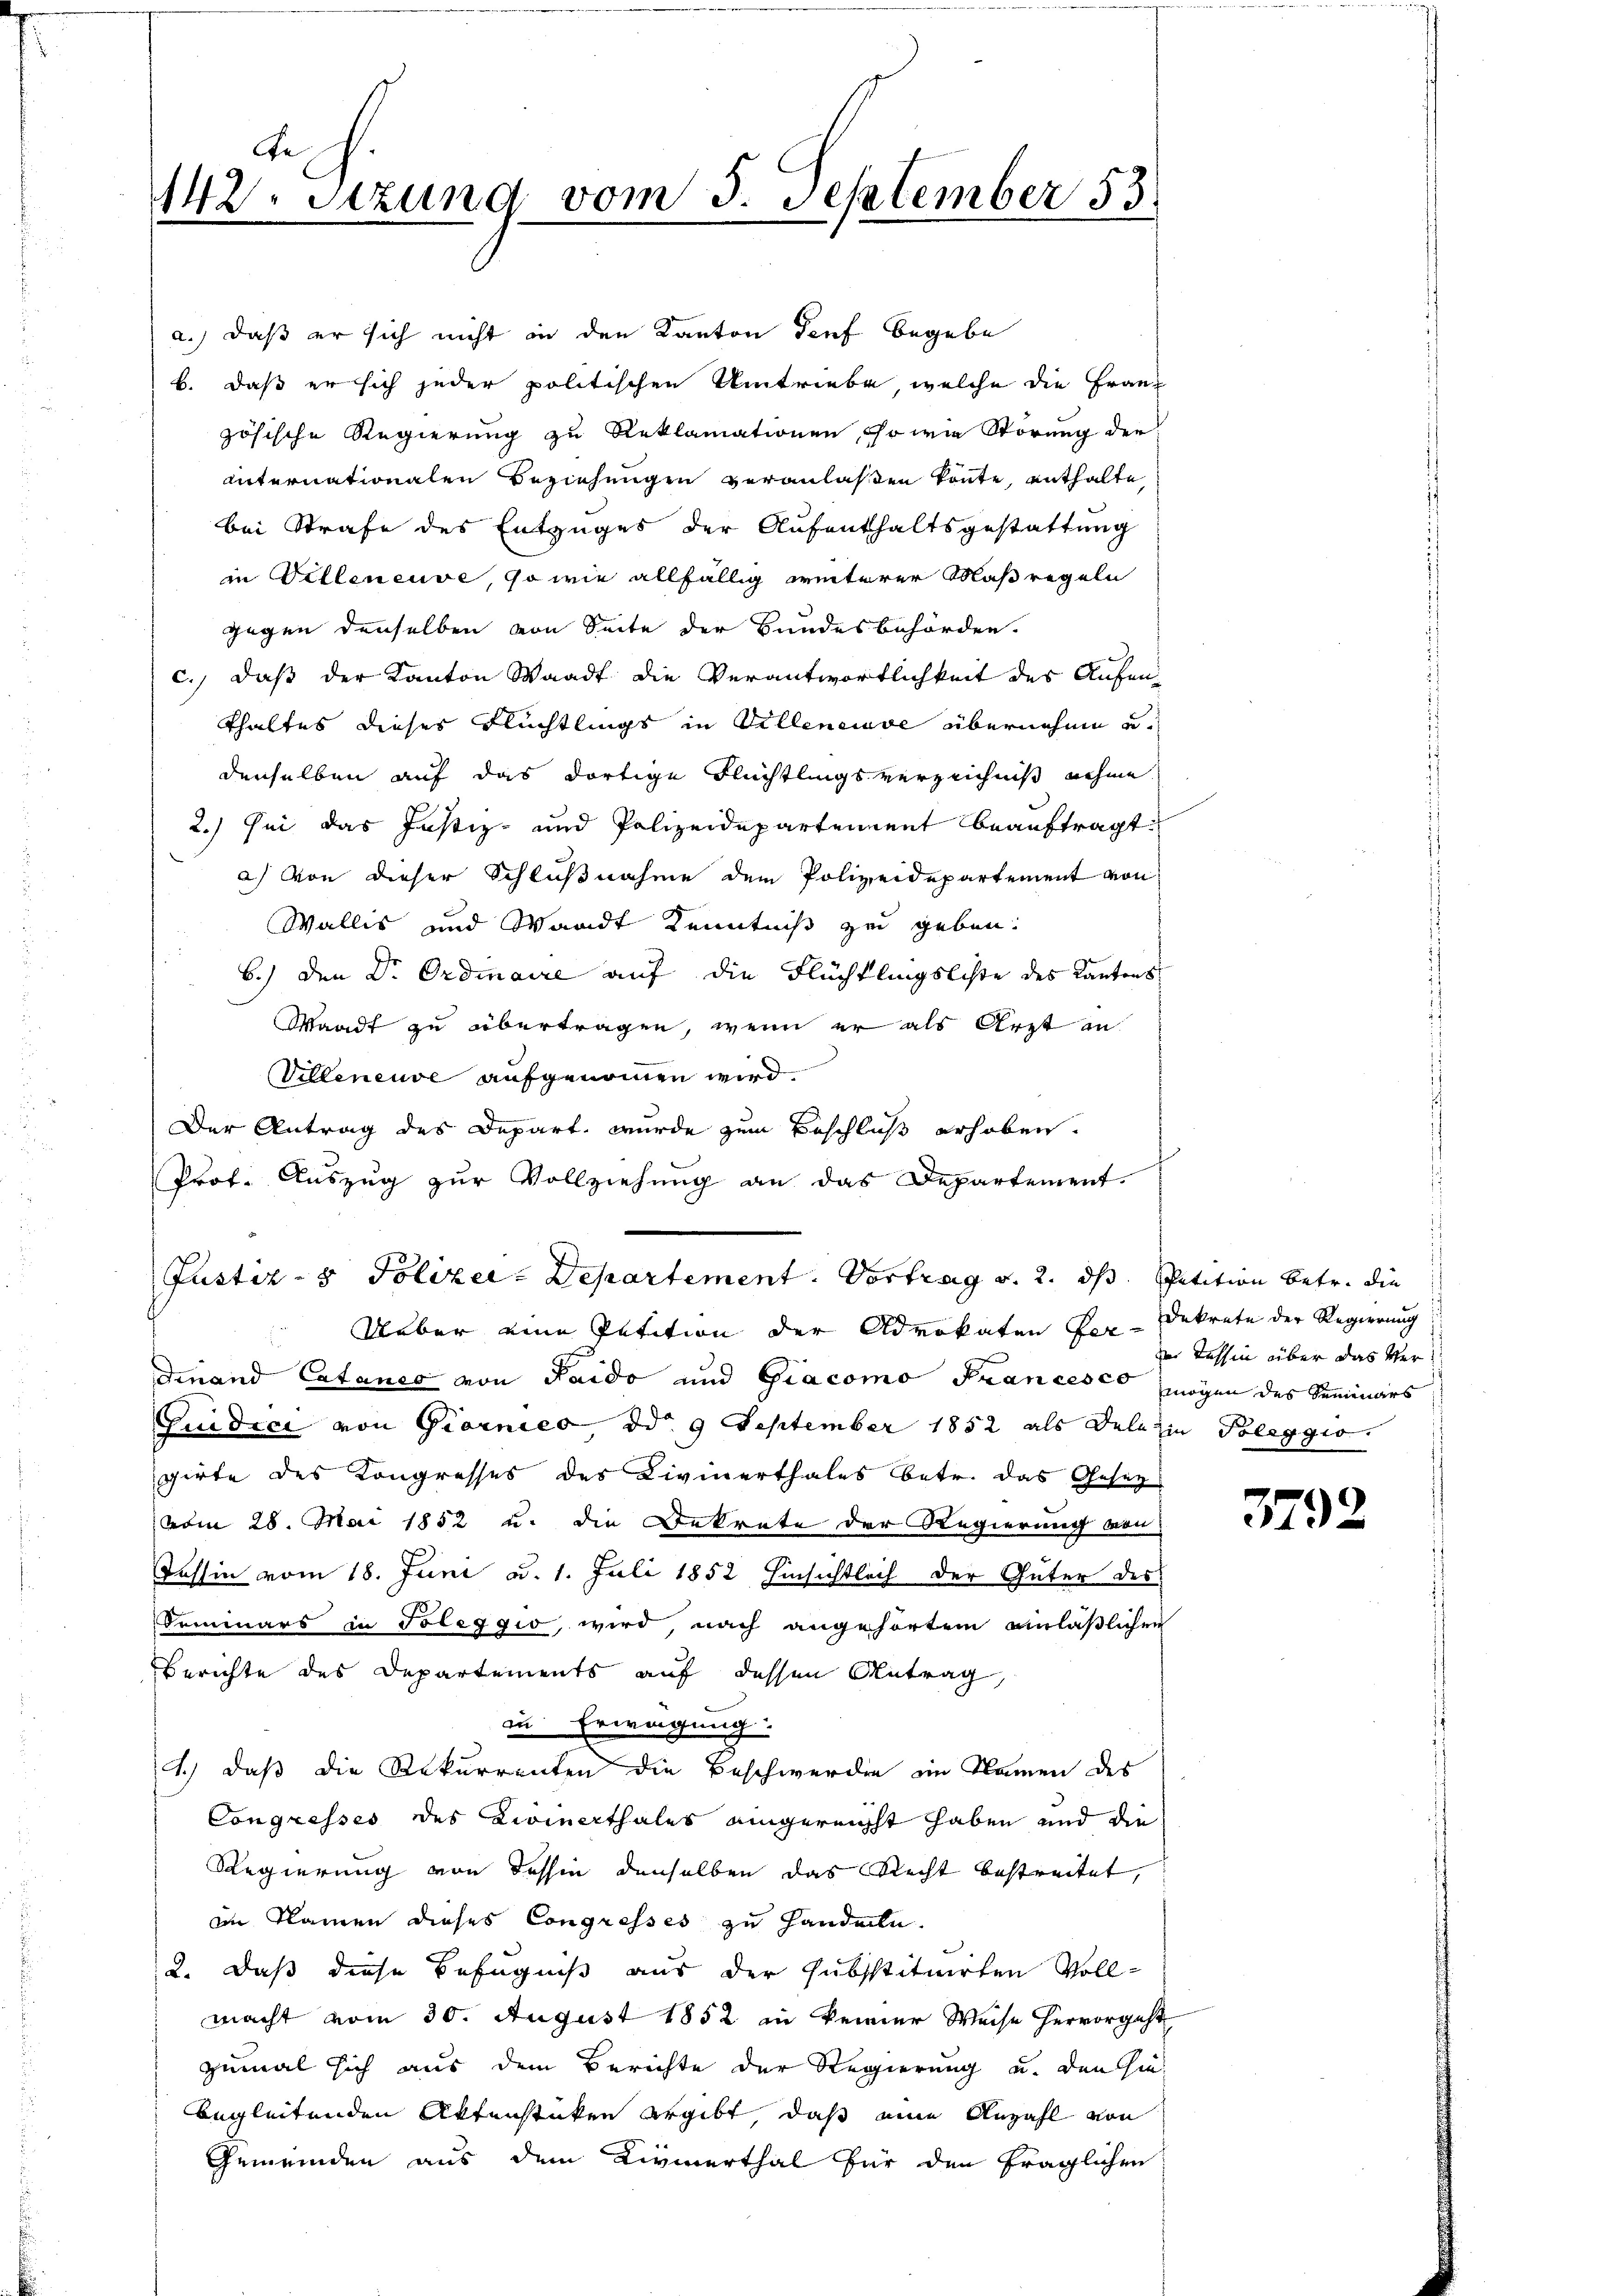
Ge
142. Setzung vom 5. September 53.
2

a.) daß er sich nicht in den Kanton Teuf begebe
b. daß er sich jeder politischen Umtriebe, welche die Französische Regierung zu Reklamationen, so wie Störung die
unternationalen Beziehungen veranlaßen könnte, enthalte
bei Strafe des Entzuges der Aufenthaltsgestattung
in Willeneuve, so wie allfällig weiterer Maßregeln
gegen denselben von Seite der Bundesbehörden.
c.) daß der Kanton Waadt die Verantwortlichkeit des Aufenthaltes dieser Flüchtlings in Villeneuve übernehme u.
denselben auf das dortige Flüchtlingsverzeichniß nehme
2.) sei das Justiz- und Polizeidepartement beauftragt:
a) von dieser Schlußnahme dem Polizeidepartement von
Wallis und Waadt Kenntniß zu geben.
b.) den Dr. Ordinaire auf die Flüchtlingsliste des Kantons
Waadt zu übertragen, wenn er als Arzt an
Villeneuve aufgenommen wird.
Der Antrag des Depart, wurde zum Beschluß erhoben.
Prof. Auszug zur Vollziehung an das Departement.
Justiz- & Polizer-Departement. Vortrag v. 2. ds. Petition betr. die
Ueber eine Petition der Advokaten Per-Dekrete der Regierung
Finand Catanes von Saido und Giacomo Francesco mögen des Seminars
Gridici von Giornico, ddo 9 September 1852 als Delazin Poleggio
girte des Kongresses des Livinerthales betr. das Gesetz-
vom 28. Mai 1852 u. die Dekrate der Regierung von
Jassin vom 18. Juni d. 1. Juli 1852 hinsichtlich der Güter des
Preminars in Toleggio wird, nach angehörtem einläßlichen
Berichte des Departements auf dessen Antrag
zu Erweigung
1.) daß die Rekurrenten die Beschwerden im Namen des
Congresses des Livinerthales eingereicht haben und die
Regierung von dessin denselben das Recht bestreitet,
im Namen dieses Congresses zu Handeln.
2. Daß diese Befugniß aus der substituirten Vollmacht vom 30. August 1852 in keiner Weise hervorgeht
zumal sich aus dem Berichte der Regierung und den hiebegleitenden Aktenstüken ergibt, daß eine Anzahl von
Gemeinden aus dem Livinerthal für den fraglichen

Tessin über das Ver¬

3792